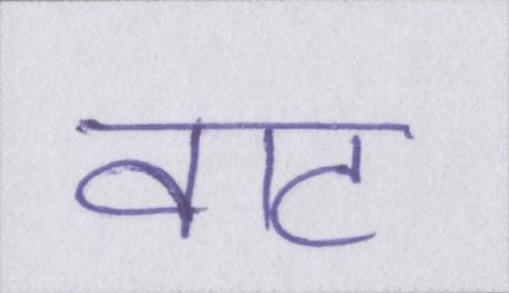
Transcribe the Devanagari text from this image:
वाट